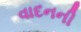
વાદનની